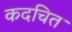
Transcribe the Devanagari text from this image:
कदचित